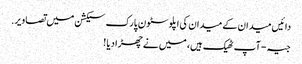
دائیں میدان کے میدان کی اپلوسٹون پارک سیکشن میں تصاویر.
جیہ - آپ ٹھیک ہیں، میں نے چھڑا دیا !